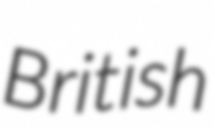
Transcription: British